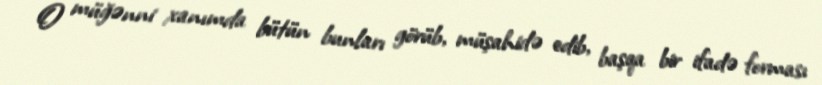
O müğənni xanımda bütün bunları görüb, müşahidə edib, başqa bir ifadə forması